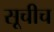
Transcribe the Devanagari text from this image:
सूचीच